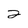
Character: 2